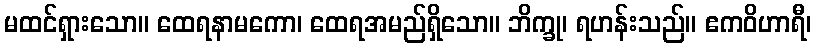
မထင်ရှားသော။ ထေရနာမကော၊ ထေရအမည်ရှိသော။ ဘိက္ခု၊ ရဟန်းသည်။ ဧကဝိဟာရီ၊